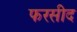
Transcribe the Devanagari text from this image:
फरसीद